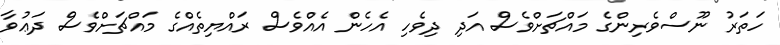
ހަތަރު ނޫސްވެރިންގެ މައްޗަށްވެސް އަދި ދިވެހި އެހެން އެއްވެސް ރައްޔިތެއްގެ މައްޗަށްވެސް ދަޢުވާ